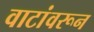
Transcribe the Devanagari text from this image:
वाटांवरून